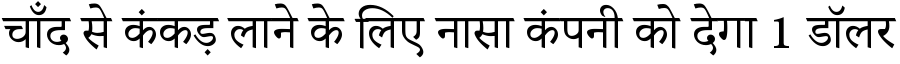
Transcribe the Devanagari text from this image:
चाँद से कंकड़ लाने के लिए नासा कंपनी को देगा 1 डॉलर